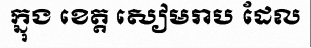
ក្នុង ខេត្ត សៀមរាប ដែល